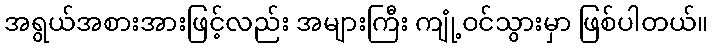
အရွယ်အစားအားဖြင့်လည်း အများကြီး ကျုံ့ဝင်သွားမှာ ဖြစ်ပါတယ်။